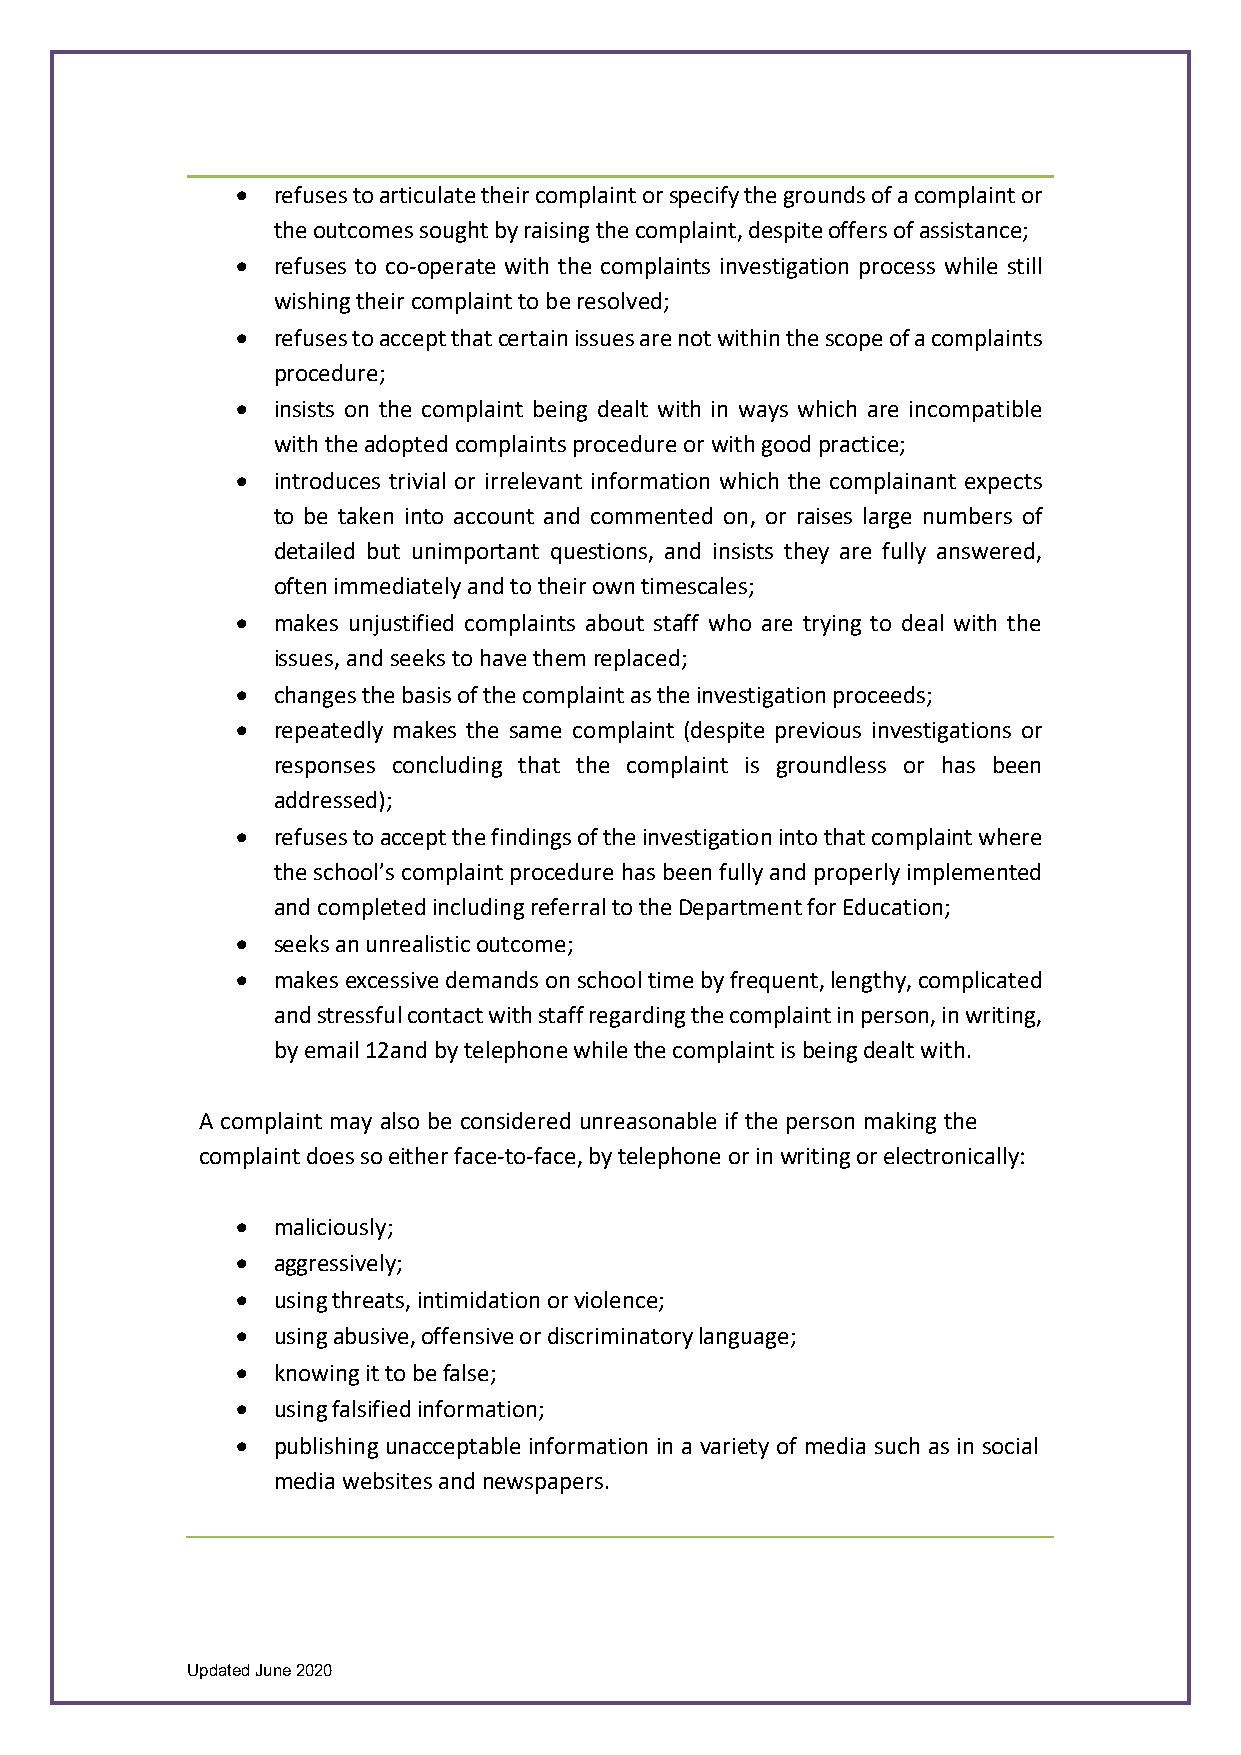
• refuses to articulate their complaint or specify the grounds of a complaint or
 the outcomes sought by raising the complaint, despite offers of assistance;
 • refuses to co-operate with the complaints investigation process while still
 wishing their complaint to be resolved;
 • refuses to accept that certain issues are not within the scope of a complaints
 procedure;
 • insists on the complaint being dealt with in ways which are incompatible
 with the adopted complaints procedure or with good practice;
 • introduces trivial or irrelevant information which the complainant expects
 to be taken into account and commented on, or raises large numbers of
 detailed but unimportant questions, and insists they are fully answered,
 often immediately and to their own timescales;
 • makes unjustified complaints about staff who are trying to deal with the
 issues, and seeks to have them replaced;
 • changes the basis of the complaint as the investigation proceeds;
 • repeatedly makes the same complaint (despite previous investigations or
 responses concluding that the complaint is groundless or has been
 addressed);
 • refuses to accept the findings of the investigation into that complaint where
 the school’s complaint procedure has been fully and properly implemented
 and completed including referral to the Department for Education;
 • seeks an unrealistic outcome;
 • makes excessive demands on school time by frequent, lengthy, complicated
 and stressful contact with staff regarding the complaint in person, in writing,
 by email 12and by telephone while the complaint is being dealt with.
 A complaint may also be considered unreasonable if the person making the
 complaint does so either face-to-face, by telephone or in writing or electronically:
 • maliciously;
 • aggressively;
 • using threats, intimidation or violence;
 • using abusive, offensive or discriminatory language;
 • knowing it to be false;
 • using falsified information;
 • publishing unacceptable information in a variety of media such as in social
 media websites and newspapers.
 Updated June 2020